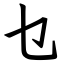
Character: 乜